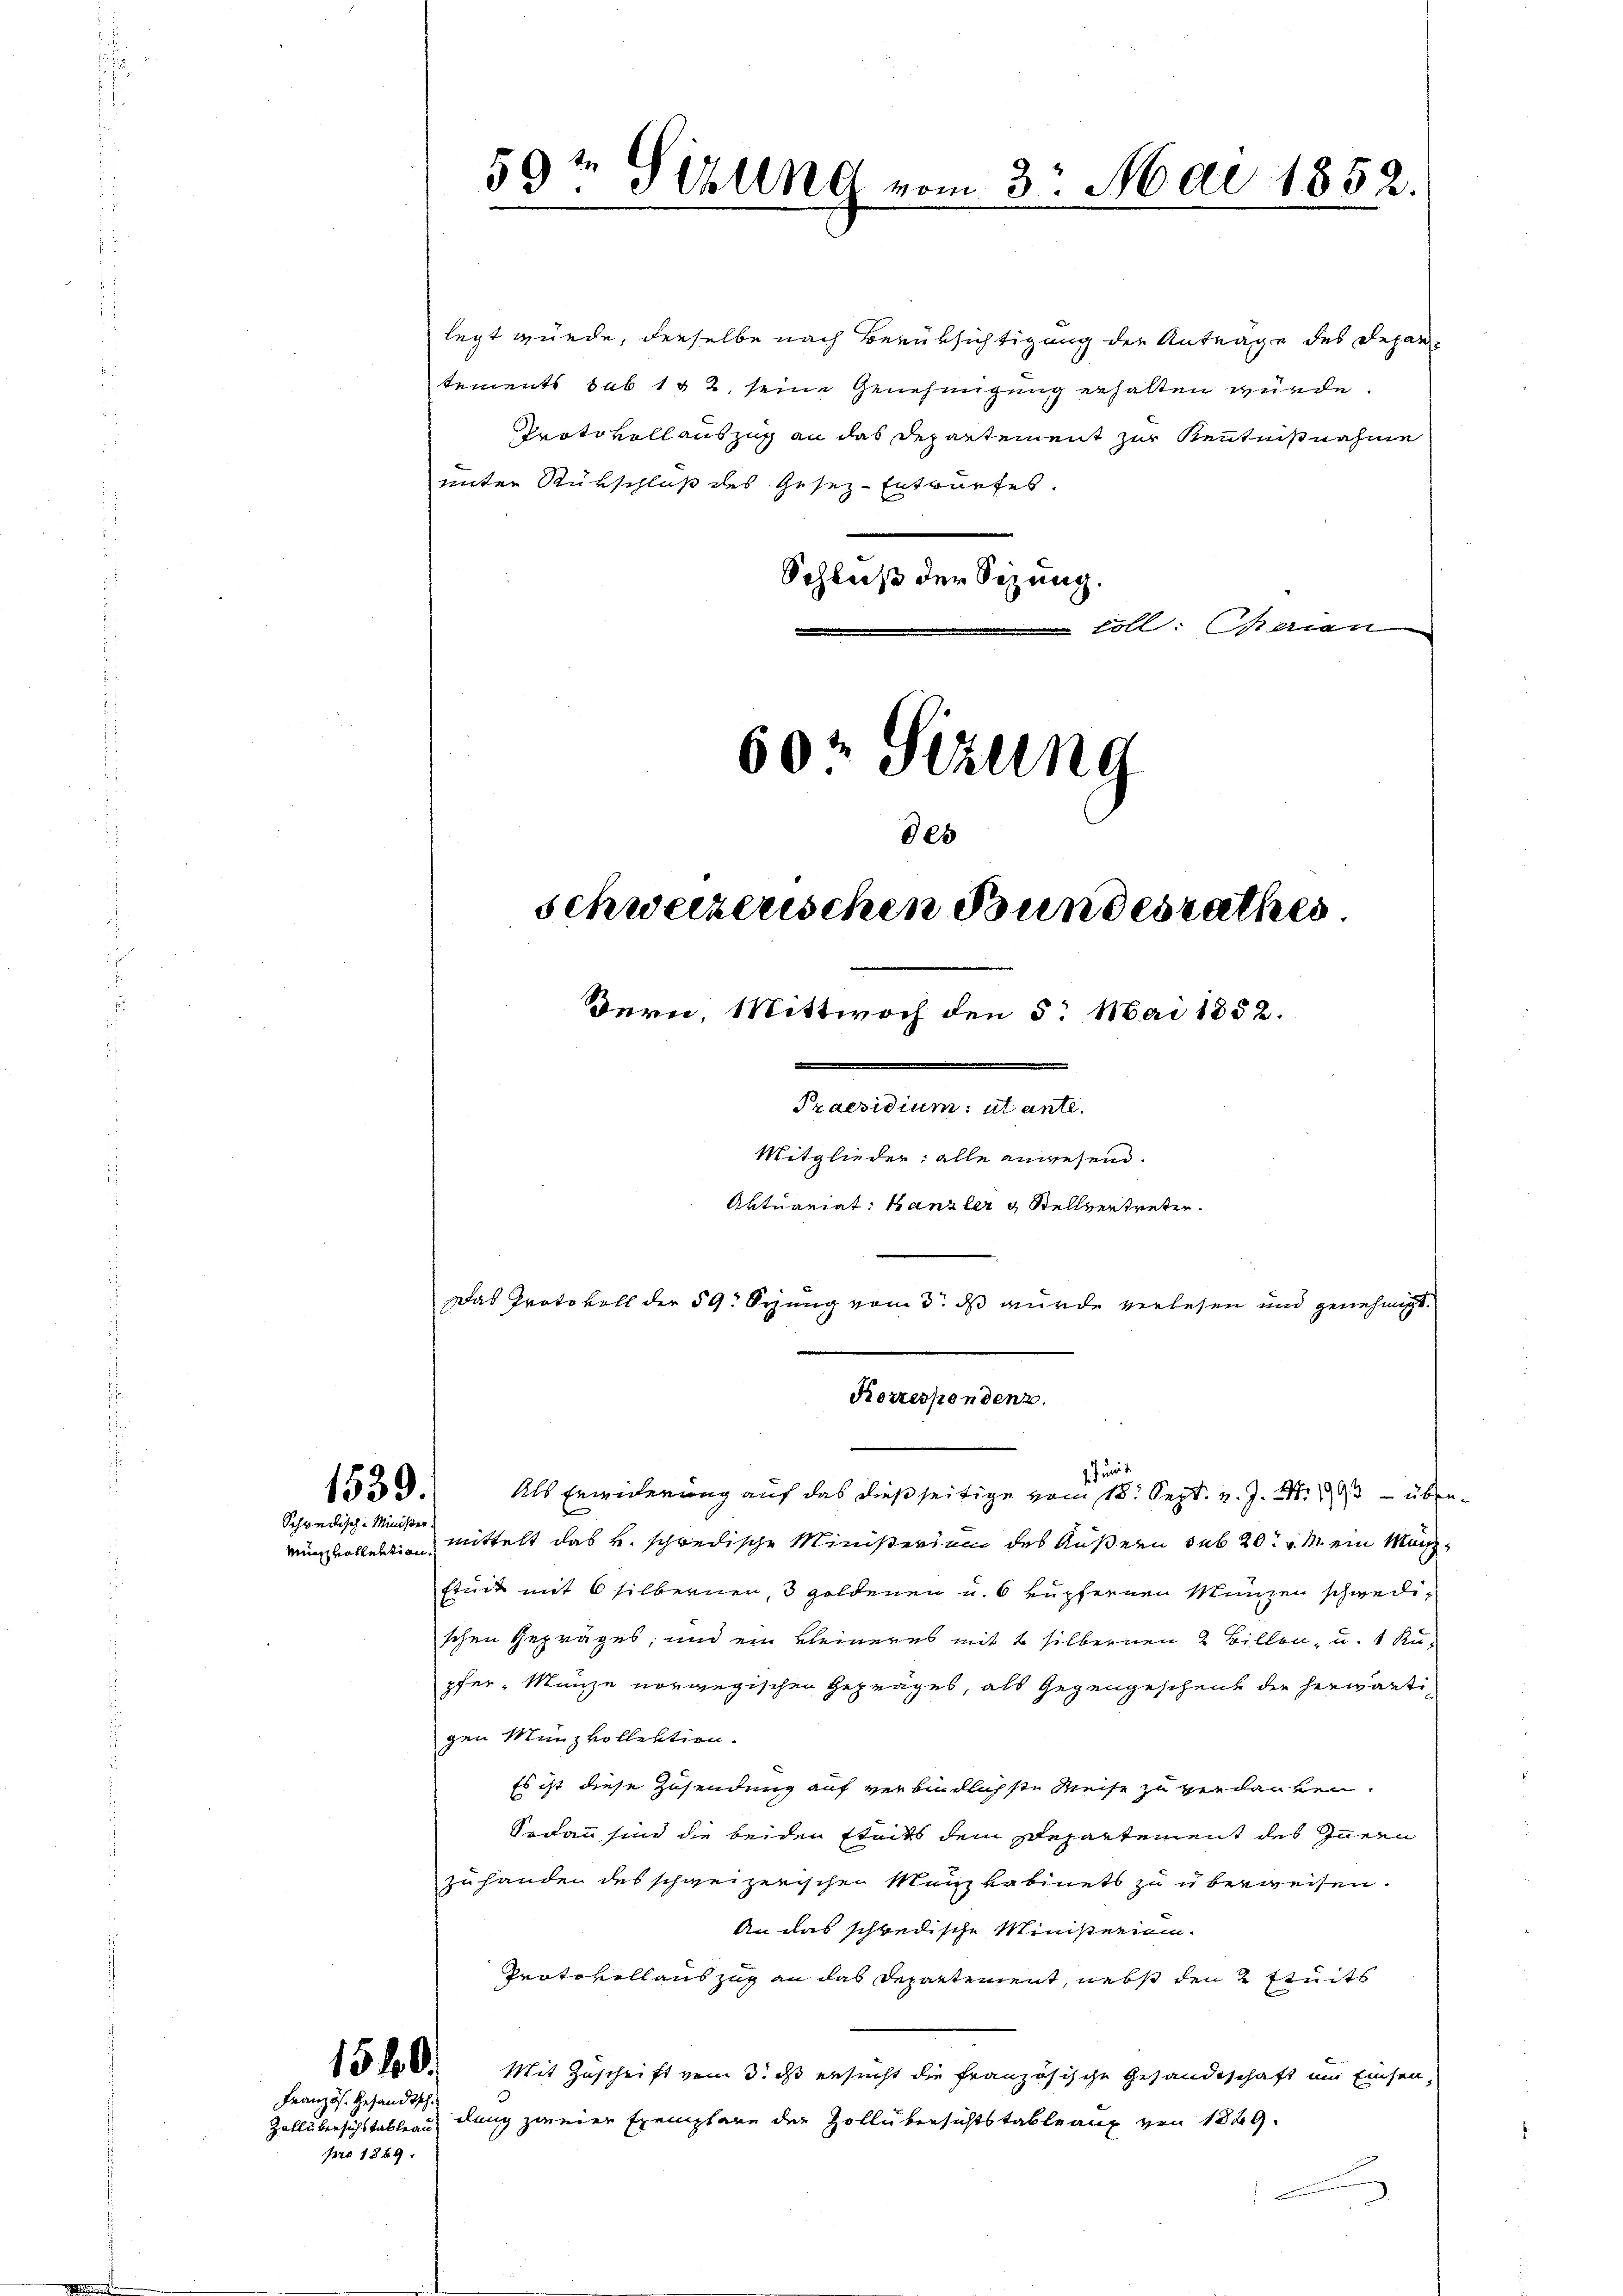
legt würde, derselbe nach Berüksichtigung der Anträge des Departements sub 1 § 2, seine Genehmigung erhalten würde.
Protokollauszug an das Departement zur Kenntnisnahme
unter Rückschluß des Gesez-Entwurfes.
Schluß der Sitzung.
oll: Marien
60 Sizung
805
schweizerischen Bundesrathes

1539.
Schwedisch-Minister
Minvollektion,

Französ. Gesandtsch

59t Sebung vom 3. Mai 1852.

pro 1849.

Bern, Wittwoch den 5. Mai 1852.
Praesidium: ut ante.
Mitglieder alle anwesend.
Aktuariat Kanzler & Stellvertreter
Das Protokoll der 59. Seung vom 3. ds wurde verlesen und genehmigt.

mittelt das u. schwedische Ministerium des Äußern sub 20. v. M. ein Manstuck mit 6 silbernen, 3 goldenen u. 6 kupfernen Münzen schwedischen Gepräges; und ein kleineres mit 2 silbernen 2 Billen, u. 1 Kupfer-Manze norwegischen Gepräges, als Gegengeschenk die herwärtigen Manzvollektion.
Es ist diese Zusendung auf verbindlichste Weise zu verdanken.
Sodann sind die beiden Etats dem Departement des Innern
zuhander des schweizerischen Menzkabinets zu überweisen.
An das schwedische Ministerium.
Protokollauszug an das Departement, nebst den 2 Stuits
15 No V. Mit Zuschrift vom 3. ds ersucht die französische Gesandtschaft um Einsen,
Zollübersichstableau dung zweier Exemplare der Zollübersichtstableaux von 1829.
 en einen

Korrespondenz.
Juni
Als Erwiderung auf das dießseitige vom 18. Sept. v. J. M. 1892 – über¬